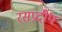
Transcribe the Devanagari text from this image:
रसप्रदीप